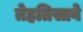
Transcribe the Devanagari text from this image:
तेहतिसावे